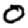
Digit: 0